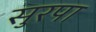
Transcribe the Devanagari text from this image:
सुरपा